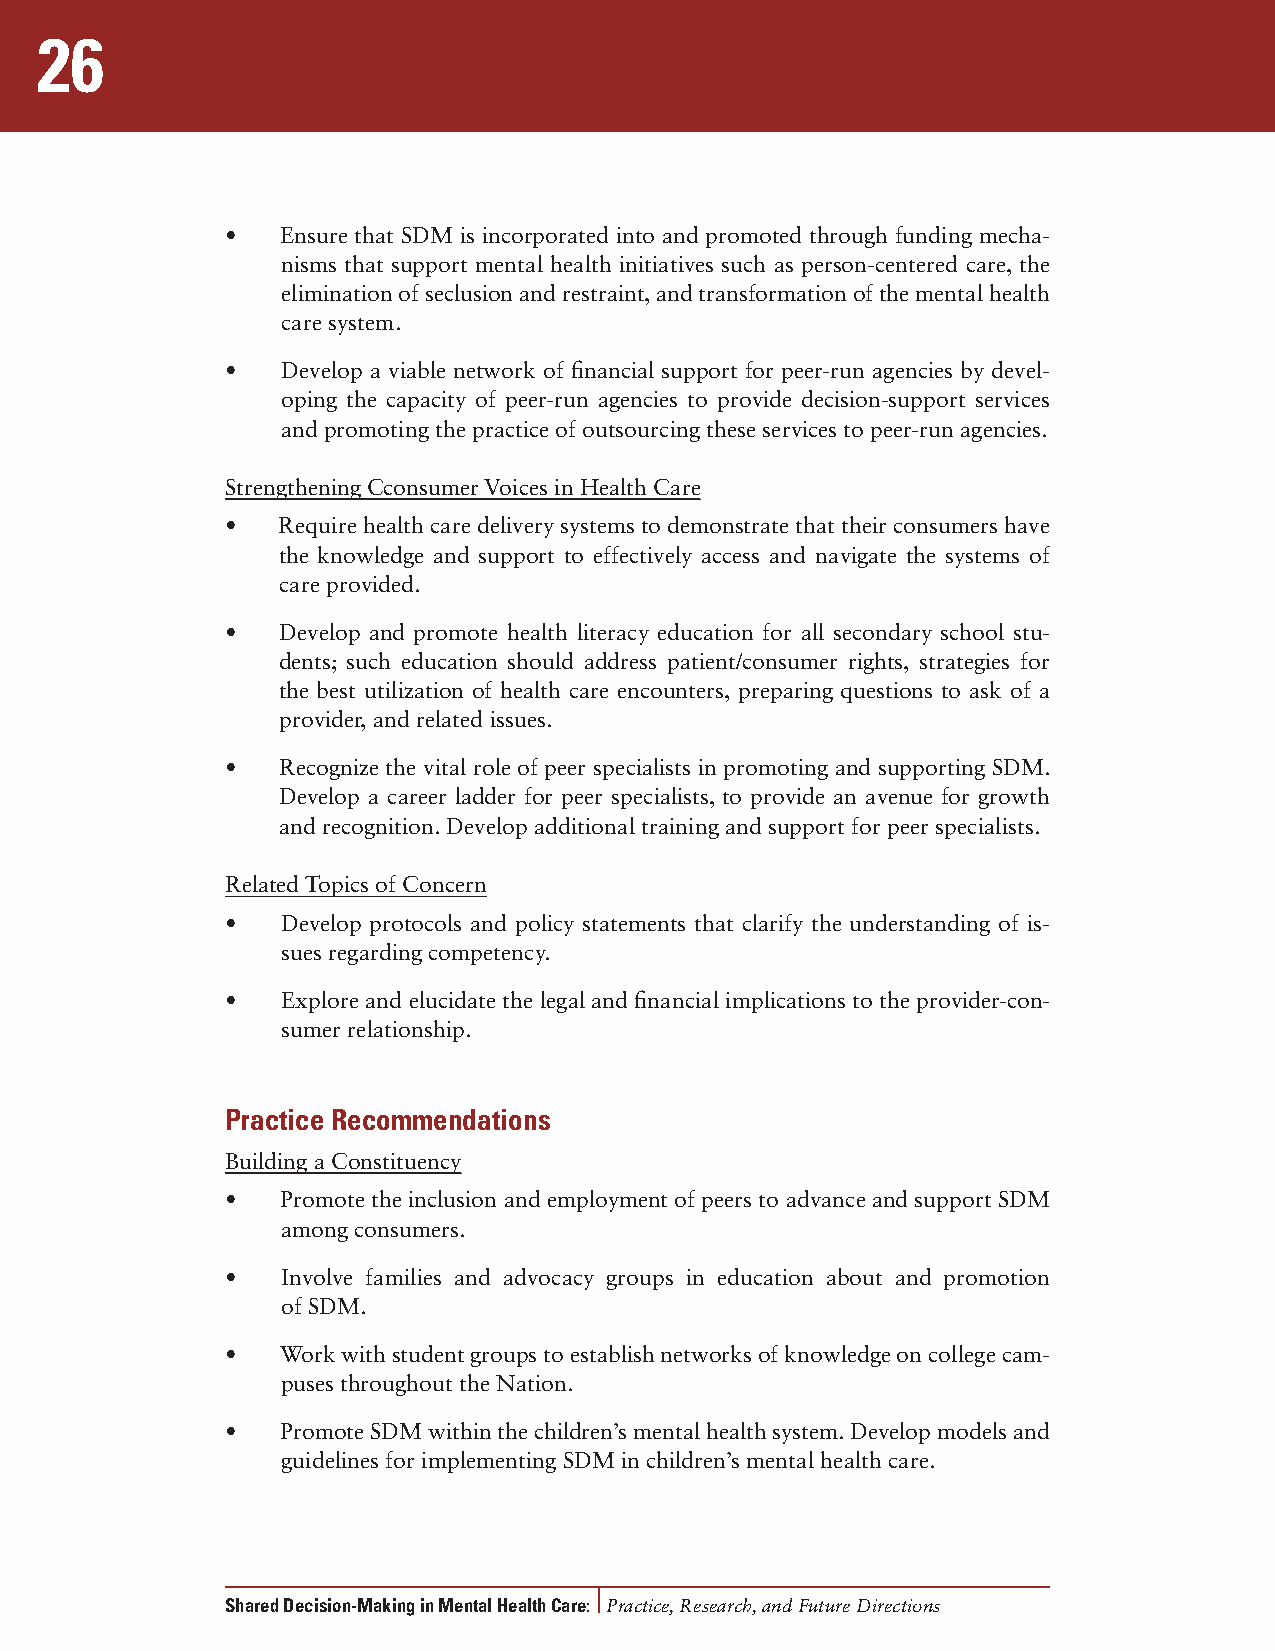
26
 •   Ensure that SDM is incorporated into and promoted through funding mecha-
 nisms that support mental health initiatives such as person-centered care, the
 elimination of seclusion and restraint, and transformation of the mental health
 care system.
 •   Develop a viable network of financial support for peer-run agencies by devel-
 oping the capacity of peer-run agencies to provide decision-support services
 and promoting the practice of outsourcing these services to peer-run agencies.
 Strengthening Cconsumer Voices in Health Care
 •  Require health care delivery systems to demonstrate that their consumers have
 the knowledge and support to effectively access and navigate the systems of
 care provided.
 •  Develop and promote health literacy education for all secondary school stu-
 dents; such education should address patient/consumer rights, strategies for
 the best utilization of health care encounters, preparing questions to ask of a
 provider, and related issues.
 •  Recognize the vital role of peer specialists in promoting and supporting SDM.
 Develop a career ladder for peer specialists, to provide an avenue for growth
 and recognition. Develop additional training and support for peer specialists.
 Related Topics of Concern
 •   Develop protocols and policy statements that clarify the understanding of is-
 sues regarding competency.
 •   Explore and elucidate the legal and financial implications to the provider-con-
 sumer relationship.
 Practice Recommendations
 Building a Constituency
 •   Promote the inclusion and employment of peers to advance and support SDM
 among consumers.
 •   Involve families and advocacy groups in education about and promotion
 of SDM.
 •   Work with student groups to establish networks of knowledge on college cam-
 puses throughout the Nation.
 •   Promote SDM within the children’s mental health system. Develop models and
 guidelines for implementing SDM in children’s mental health care.
 Shared Decision-Making in Mental Health Care: Practice, Research, and Future Directions